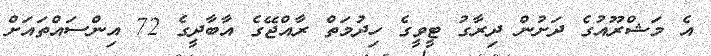
އެ މަޝްރޫއުގެ ދަށުން ދިރާގު ޓީވީގެ ހިދުމަތް ރާއްޖޭގެ އާބާދީގެ 72 އިންސައްތައަށް